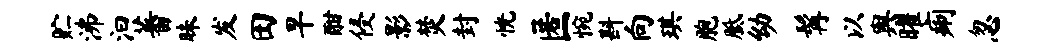
贮沸汩蕃昧发田早酣侵影焚封恍匿惋斟向琪胞胝幼髯以舆曜痢忽